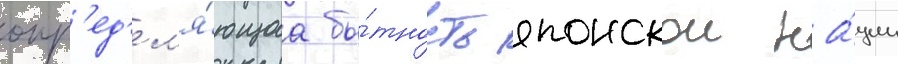
опр'ед'ел'я́ющаа бы́тность японскои на́ции